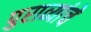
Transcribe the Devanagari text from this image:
पुराव्यांचे